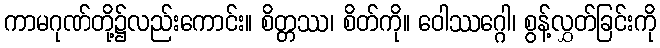
ကာမဂုဏ်တို့၌လည်းကောင်း။ စိတ္တဿ၊ စိတ်ကို။ ဝေါဿဂ္ဂေါ၊ စွန့်လွှတ်ခြင်းကို